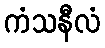
ကံသနီလံ